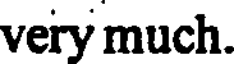
very much.